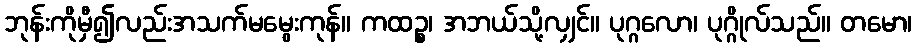
ဘုန်းကိုမှီ၍လည်းအသက်မမွေးကုန်။ ကထဉ္စ၊ အဘယ်သို့လျှင်။ ပုဂ္ဂလော၊ ပုဂ္ဂိုလ်သည်။ တမော၊